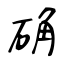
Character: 确